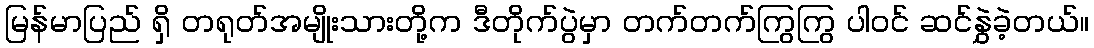
မြန်မာပြည် ရှိ တရုတ်အမျိုးသားတို့က ဒီတိုက်ပွဲမှာ တက်တက်ကြွကြွ ပါဝင် ဆင်နွှဲခဲ့တယ်။